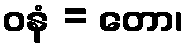
ဝနံ = တော၊